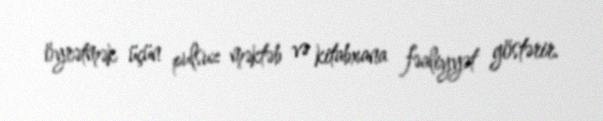
öyrətmək üçün pulsuz məktəb və kitabxana fəaliyyət göstərir.